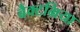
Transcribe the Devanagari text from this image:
बैक्टभ्रिया